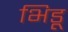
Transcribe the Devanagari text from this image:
भिडू